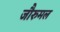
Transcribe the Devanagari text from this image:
जौरुमल